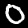
Digit: 0